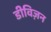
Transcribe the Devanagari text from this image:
डीविज़न